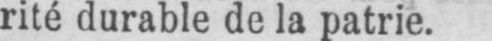
rité durable de la patrie.